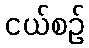
ငယ်စဉ်